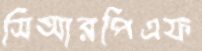
সিআরপিএফ